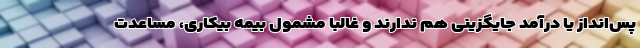
پس‌انداز یا درآمد جایگزینی هم ندارند و غالبا مشمول بیمه بیکاری، مساعدت